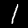
Label: 1